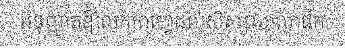
អនុញ្ញាតឱ្យលក់កាហ្វេដល់សិស្សសាលាផឹក